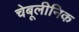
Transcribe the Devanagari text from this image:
चेबूलीनिक